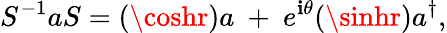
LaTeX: S^{-1}aS=(\coshr)a~+~e^{\mathbf{i}\theta}(\sinhr)a^{\dagger},